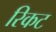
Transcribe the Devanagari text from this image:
रिकट